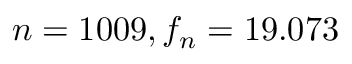
n = 1 0 0 9 , f _ { n } = 1 9 . 0 7 3